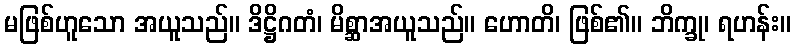
မဖြစ်ဟူသော အယူသည်။ ဒိဋ္ဌိဂတံ၊ မိစ္ဆာအယူသည်။ ဟောတိ၊ ဖြစ်၏။ ဘိက္ခု၊ ရဟန်း။